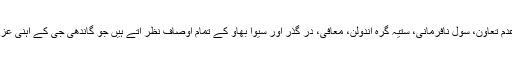
اس کردار میں گاندھی جی کی اٹل شخصیت، عدم تشدّد، عدمِ تعاون، سول نافرمانی، ستیہ گرہ آندولن، معافی، در گذر اور سیوا بھاؤ کے تمام اوصاف نظر آتے ہیں جو گاندھی جی کے آہنی عزم سے پریم چند کی ذہنی وابستگی کی نشاندہی کرتے ہیں۔